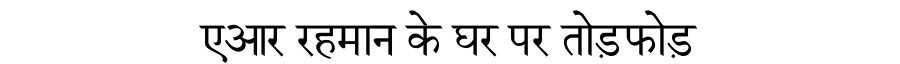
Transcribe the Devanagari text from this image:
एआर रहमान के घर पर तोड़फोड़